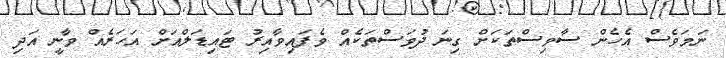
ނަމަވެސް އެހެން ސާވިސްތަކަށް ގިނަ ދުވަސްތަކެއް ވެފައިވާއިރު ޓައިޑަލްއަށް އަހަރެއް ވާނީ އަދި